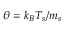
\theta = k _ { B } T _ { s } / m _ { s }